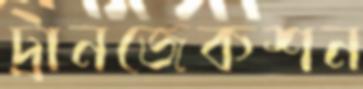
ট্রানজেকশন